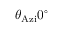
\theta _ { \mathrm { A z i } } 0 ^ { \circ }